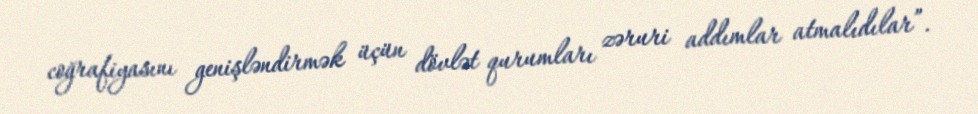
coğrafiyasını genişləndirmək üçün dövlət qurumları zəruri addımlar atmalıdılar”.